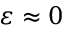
\varepsilon \approx 0